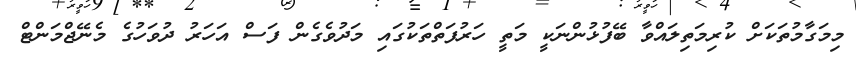
މިމަގާމުތަކަށް ކުރިމަތިލައްވާ ބޭފުޅުންނަކީ މަތީ ހަރުފަތްތަކުގައި މަދުވެގެން ފަސް އަހަރު ދުވަހުގެ މެނޭޖްމަންޓް